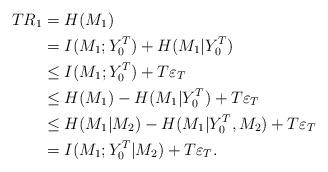
LaTeX: \begin{align*}T R_1 & = H(M_1)\\ & = I(M_1; Y_0^T)+H(M_1|Y_0^T)\\ & \leq I(M_1; Y_0^T) + T \varepsilon_T\\ & \leq H(M_1)-H(M_1|Y_0^T) + T \varepsilon_T \\ & \leq H(M_1|M_2)-H(M_1|Y_0^T, M_2)+T \varepsilon_T \\ & = I(M_1; Y_0^T|M_2) + T \varepsilon_T.\end{align*}